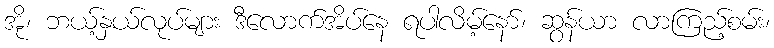
အို၊ ဘယ့်နှယ်လုပ်များ ဒီလောက်အိပ်နေ ရပါလိမ့်နော်၊ ဆွန်ယာ လာကြည့်စမ်း၊